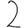
Digit: 2